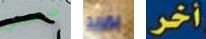
ستعتني بمزيد أخر